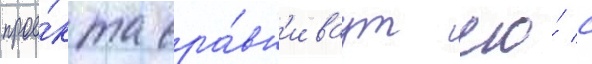
прое́кта сра́вн'иваут его́ с